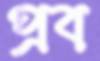
প্রব